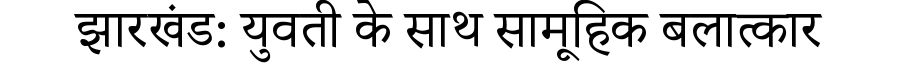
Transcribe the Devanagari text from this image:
झारखंड: युवती के साथ सामूहिक बलात्कार